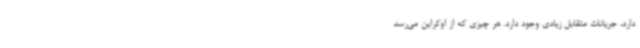
دارد، جریانات متقابل زیادی وجود دارد. هر چیزی که از اوکراین می‌رسد